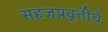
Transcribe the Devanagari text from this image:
सहजप्रवृत्तीचे